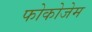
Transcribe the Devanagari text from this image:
फोकोजेम